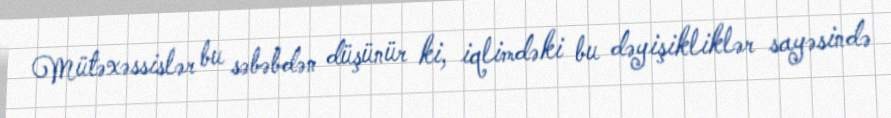
Mütəxəssislər bu səbəbdən düşünür ki, iqlimdəki bu dəyişikliklər sayəsində